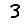
Digit: 3